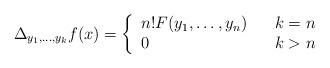
LaTeX: \begin{align*} \Delta_{y_{1}, \ldots, y_{k}}f(x)=\left\{\begin{array}{lcl} n!F(y_{1}, \ldots, y_{n})& & k=n \\0 & & k>n\end{array}\right.\end{align*}